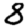
Digit: 8